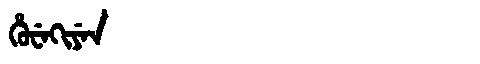
Manchu: ᡥᡠᠸᡝᡴᡳᠶᡝᠨ
Romanization: HUWEKIYEN